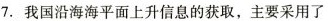
7. 我国沿海海平面上升信息的获取，主要采用了